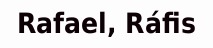
Rafael, Ráfis